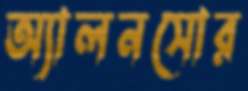
অ্যালনসোর